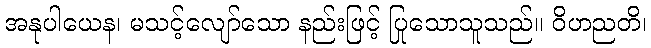
အနုပါယေန၊ မသင့်လျော်သော နည်းဖြင့် ပြုသောသူသည်။ ဝိဟညတိ၊